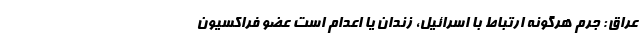
عراق: جرم هرگونه ارتباط با اسرائیل، زندان یا اعدام است عضو فراکسیون